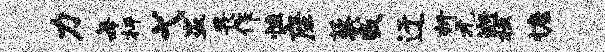
力每枰弋盗畏作恢座藜戒迂折元逝板慷